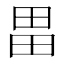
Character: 畕